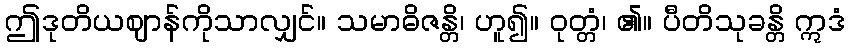
ဤဒုတိယဈာန်ကိုသာလျှင်။ သမာဓိဇန္တိ၊ ဟူ၍။ ဝုတ္တံ၊ ၏။ ပီတိသုခန္တိ ဣဒံ